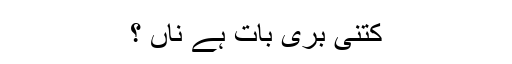
کتنی بری بات ہے ناں ؟